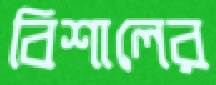
বিশালের